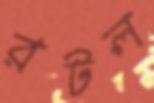
রটল